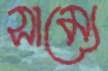
সাম্যে